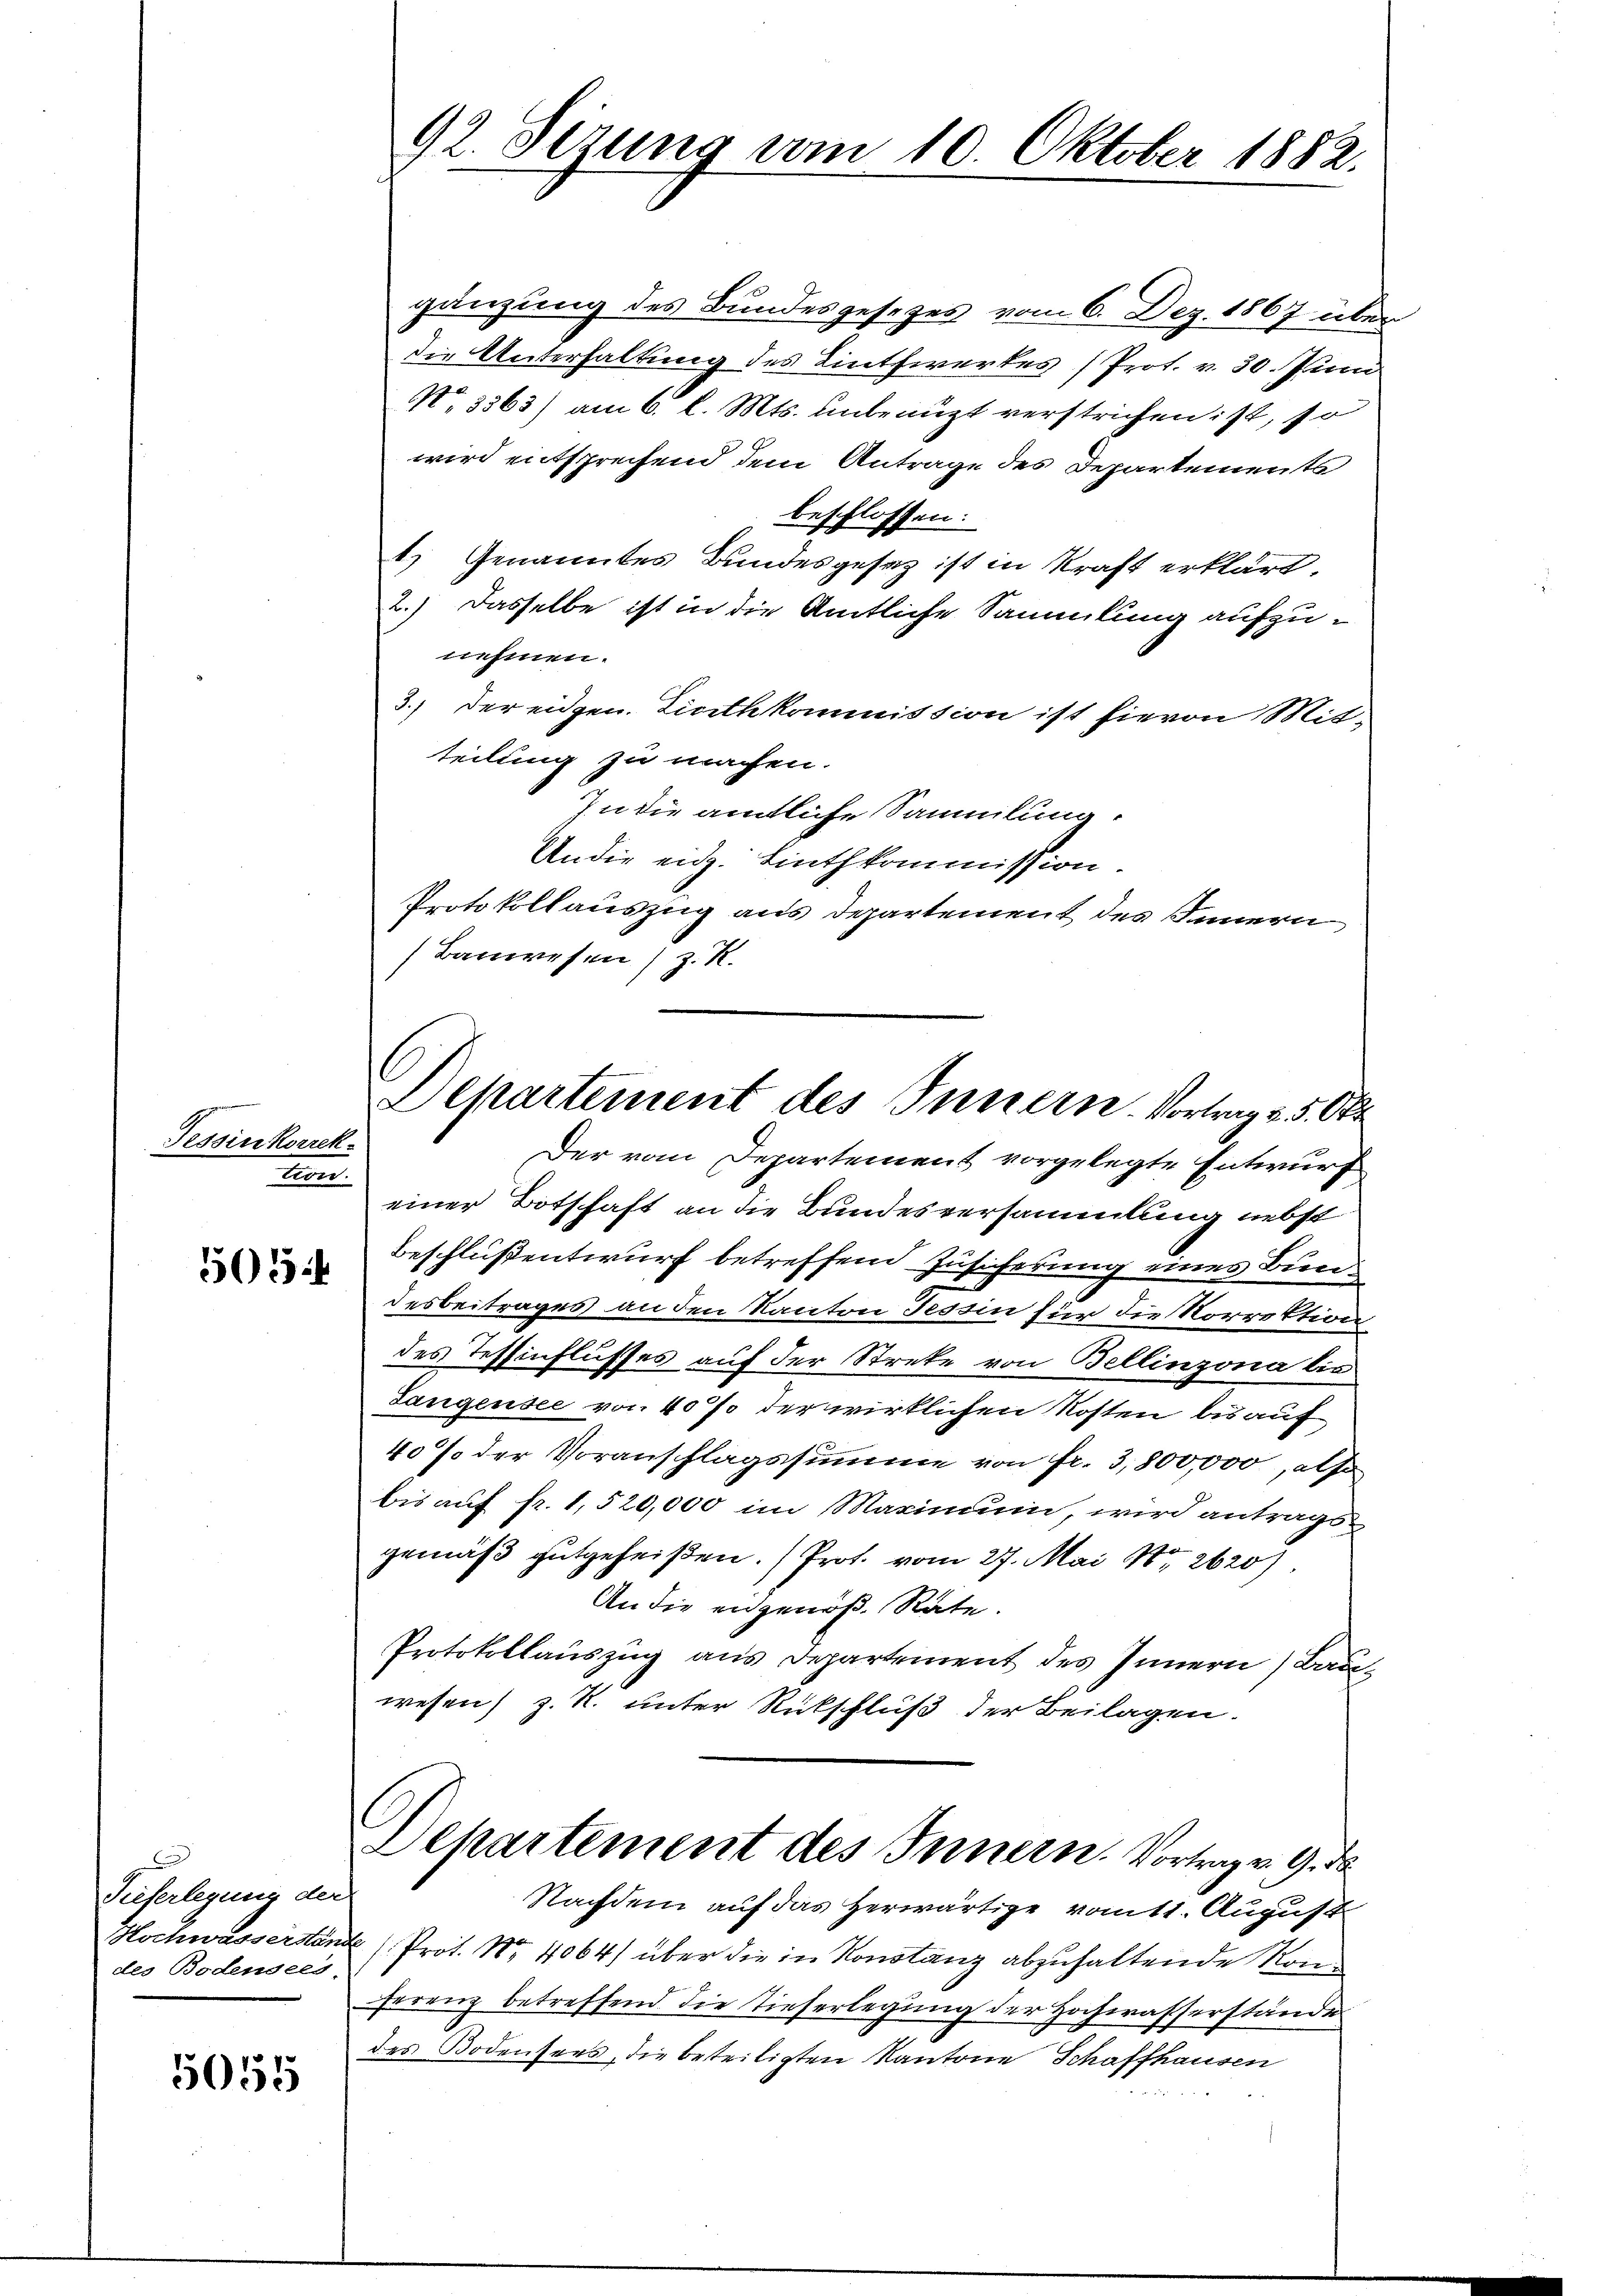
Tessinkorrek
m

505

Tieferlegung der
des Bodensees,

5055

92. Sezung vom 10. Oktober 1882.

Departement des Innern. Vortrag v. 5. Okt

gänzung des Bundesgesetzes vom 6. Dez. 1867 über
die Unterhaltung des Linthiertes (Prot. v. 30. Juni
No 3363) am 6. l. Mts. unbenuzt verstrichen ist, so
wird entsprechend dem Antrage des Departements
beschlossen:
1) Genanntes Bundesgesez ist in Kraft erklärt.
2.) Dasselbe ist in die Amtliche Sammlung aufzunehmen.
3.) Der eidgen. Linthkommission ist hievon Mitteilung zu machen.
In die ämtliche Sammlung.
Andie eid. Linthkommission.
Protokollauszug aus Departement des Innern
Bauwesen z. R.
Der vom Departement vorgelegte Entwurf
einer Botschaft an die Bundesversammlung nebst
Beschlußentwurf betreffend Zusicherung eines Bundesbeitrages an den Kanton Tessin für die Korrektion
des Tessinflusses auf der Streke von Bellinzona bis
Langensee von 40% der wirklichen Kosten bis auf
40% der Voranschlagssumme von fr. 3,800,000, also
bis auf fr. 1,520,000 im Maximum, wird antrags
gemäß gutgeheißen. Prot. vom 27. Mai 18. 2620)
An die angenoße Rate.
Protokollauszug aus Departement des Innern, Bauwesen) z. R. unter Rückschluß der Beilagen.
Departement des Innern. Vortrag v. 9. d
Nachdem auf das herwärtige voitt. August
Hochwässerstände (Prot. Nr. 4064) über die in Konstanz abzuhaltende Konferenz betreffend die Tieferlegung der Hochwasserstände
des Bodensees, die beteiligten Kantone Schaffhausen